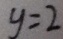
y = 2